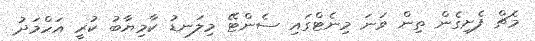
މެޗް ފެށިގެން ތިން ވަނަ މިނެޓްގައި ސެންޓޭ މިލަނޑު ކާމިޔާބު ކުރީ އަހްމަދު